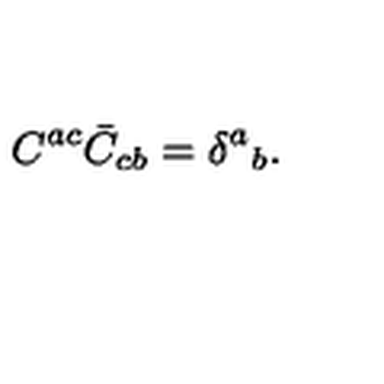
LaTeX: C ^ { a c } \bar { C } _ { c b } = \delta ^ { a } { } _ { b } .